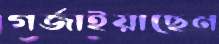
গর্জাইয়াছেন